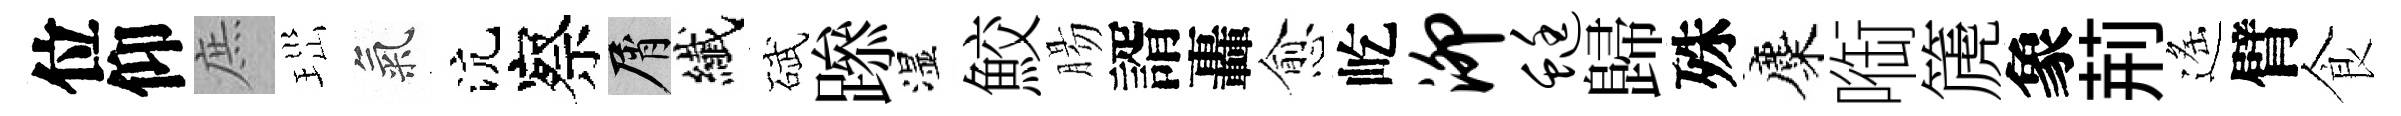
位仰庶𤤼氣沆察屑纎碔𨅶湿鮫腸諝轟愈屹泖蜓歸殊麋㗸篪象荊遙臂食